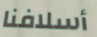
أسلافنا